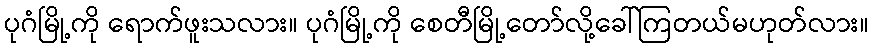
ပုဂံမြို့ကို ရောက်ဖူးသလား။ ပုဂံမြို့ကို စေတီမြို့တော်လို့ခေါ်ကြတယ်မဟုတ်လား။